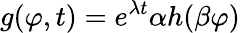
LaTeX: g(\varphi,t)=e^{\lambda t}\alpha h(\beta\varphi)